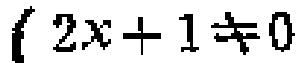
\(2x + 1 \neq 0\)